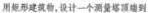
用矩形建筑物，设计一个测量塔顶端到